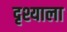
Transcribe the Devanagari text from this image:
दृश्याला